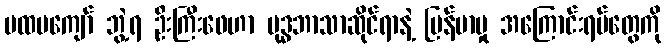
ပထမကျော် ဘွဲ့ရ ဦးကြီးဖေဟာ ဗုဒ္ဓဘာသာဆိုင်ရာနဲ့ မြန်မာမှု အကြောင်းရပ်တွေကို